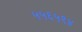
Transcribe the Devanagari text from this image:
५५६५९४